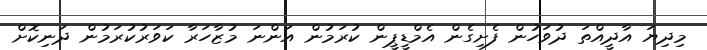
މިދިޔަ އާދީއްތަ ދުވަހުން ފެށިގެން އެމްޑީޕީން ކުރަމުން އަންނަ މުޒާހަރާ ކަވަރުކުރަމުން ދަނިކޮށް